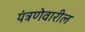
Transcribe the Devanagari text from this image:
यंत्रणेवारील